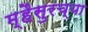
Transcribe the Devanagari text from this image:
म्हैसुरच्या